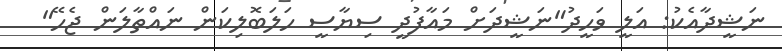
ނަޝީދާއެކު: އަލީ ވަހީދު"ނަޝީދަށް މައާފުދީ ސިޔާސީ ހަލަބޮލިކަން ނައްތާލަން ޖެހޭ"